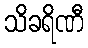
သိခရိဏီ